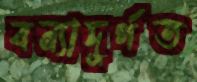
বন্যাদুর্গত